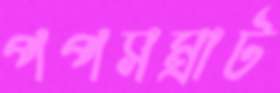
পপসম্রাট